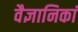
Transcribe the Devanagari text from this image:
वैज्ञानिकां